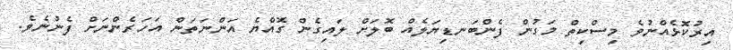
އިރުކޮޅެއްނުވެ މިސްކިތް މަގުން ފެންބަނޑިޔަލެއް ބޮލަށް ލައިގެން ގޮއްޔެ އަންނަތަން އަހަރެންނަށް ފެނުނެވެ.